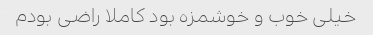
خیلی خوب و خوشمزه بود کاملا راضی بودم